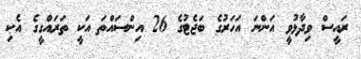
ރައީސް ވިދާޅުވީ އަންނަ އަހަރުގެ ބަޖެޓުގެ 26 އިންސައްތަ އަކީ ތަރައްގީގެ އެކި